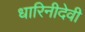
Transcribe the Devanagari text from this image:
धारिनीदेवी